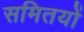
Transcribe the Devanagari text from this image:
समितयों